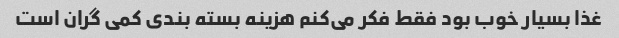
غذا بسیار خوب بود فقط فکر می‌کنم هزینه بسته بندی کمی گران است